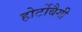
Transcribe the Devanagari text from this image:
होर्टोबैगी